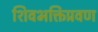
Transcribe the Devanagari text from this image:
शिवभक्तिप्रवण